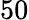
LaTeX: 50